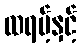
ထရမ့်နှင့်